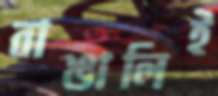
বাঙালিই